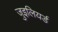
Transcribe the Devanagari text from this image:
जुइलियर्ड